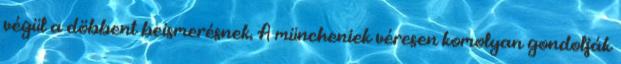
végül a döbbent beismerésnek. A müncheniek véresen komolyan gondolják